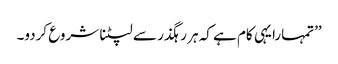
’’تمہارا یہی کام ہے کہ ہر رہگذر سے لپٹنا شروع کردو۔